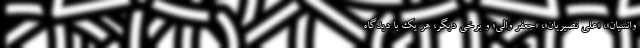
ُوانسیان»، «علی نصیریان»، «جعفر والی» و برخی دیگر، هر یک با دیدگاه